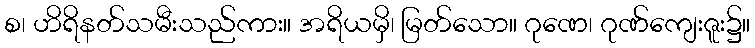
စ၊ ဟိရိနတ်သမီးသည်ကား။ အရိယမှိ၊ မြတ်သော။ ဂုဏေ၊ ဂုဏ်ကျေးဇူး၌။